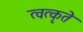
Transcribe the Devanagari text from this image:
त्वत्कृते